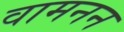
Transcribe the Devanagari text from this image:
वामनन